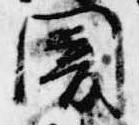
闇